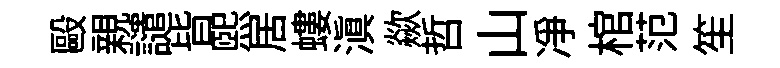
毆親譴皆煕居螻滇歘哲山净棺范笙